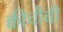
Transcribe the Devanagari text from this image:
क्वीचौची